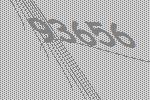
93656